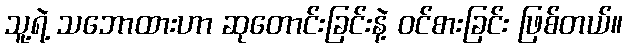
သူ့ရဲ့ သဘောထားဟာ ဆုတောင်းခြင်းနဲ့ ဝင်စားခြင်း ဖြစ်တယ်။